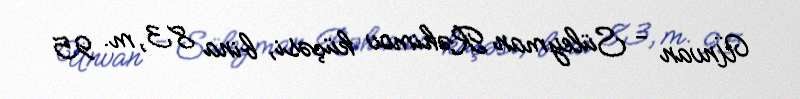
Ünvan - Süleyman Rəhimov küçəsi, bina 83, m. 95